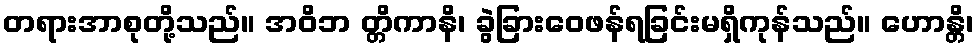
တရားအာစုတို့သည်။ အဝိဘ တ္တိကာနိ၊ ခွဲခြားဝေဖန်ရခြင်းမရှိကုန်သည်။ ဟောန္တိ၊